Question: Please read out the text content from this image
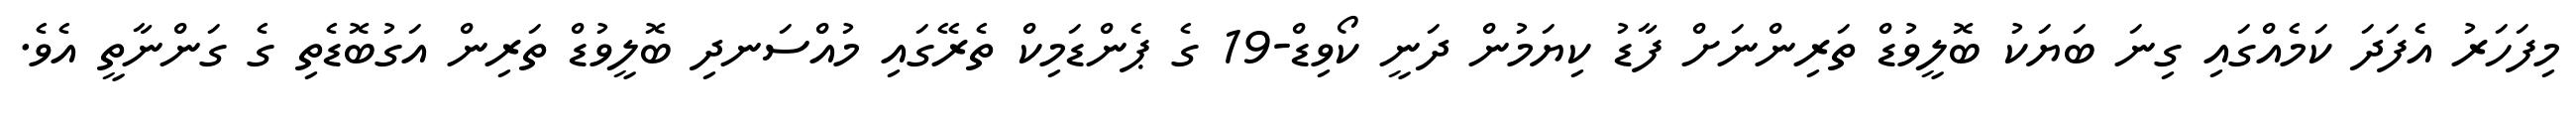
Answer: މިފަހަރު އެފަދަ ކަމެއްގައި ގިނަ ބަޔަކު ބޮލީވުޑް ތަރިންނަށް ފާޑު ކިޔަމުން ދަނީ ކޯވިޑް-19 ގެ ޕެންޑަމިކް ތެރޭގައި މުއްސަނދި ބޮލީވުޑް ތަރިން އަގުބޮޑެތި ގެ ގަންނާތީ އެވެ.